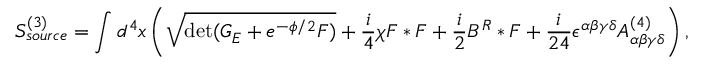
S _ { s o u r c e } ^ { ( 3 ) } = \int d ^ { 4 } x \left( \sqrt { \operatorname * { d e t } ( G _ { E } + e ^ { - \phi / 2 } { \cal F } ) } + { \frac { i } { 4 } } \chi { \cal F } * { \cal F } + { \frac { i } { 2 } } B ^ { R } * { \cal F } + { \frac { i } { 2 4 } } \epsilon ^ { \alpha \beta \gamma \delta } A _ { \alpha \beta \gamma \delta } ^ { ( 4 ) } \right) ,